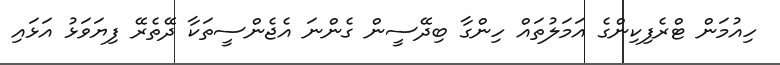
ހިއުމަން ޓްރެފިކިންގެ އަމަލުތައް ހިންގާ ބިދޭސީން ގެންނަ އެޖެންސީތަކާ ދޭތެރޭ ފިޔަވަޅު އަޅައި